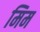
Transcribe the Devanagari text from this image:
मिम